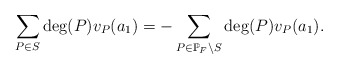
\begin{align*} \sum_{P \in S}\deg(P)v_P(a_1) = - \sum_{P \in \mathbb{P}_F\setminus S} \deg(P)v_P(a_1). \end{align*}